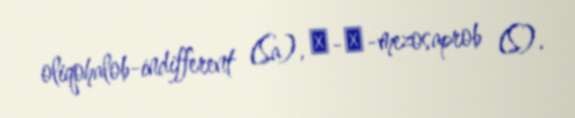
oliqohalob-indifferent (Sa), α-β-mezosaprob (S).